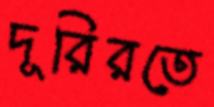
দূরিরতে